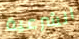
الشرعية